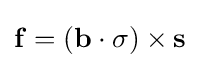
\mathbf {f} =(\mathbf {b} \cdot \sigma )\times \mathbf {s}